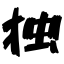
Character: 独